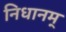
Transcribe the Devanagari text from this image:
निधानम्